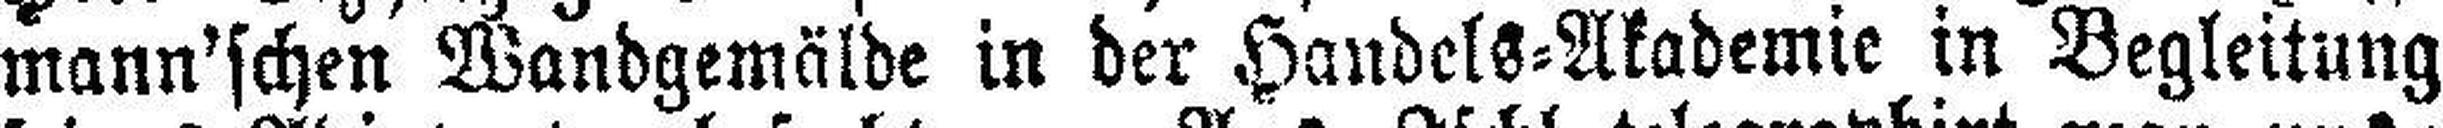
mann'schen Wandgemälde in der Handels=Akademie in Begleitung